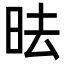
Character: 㫢